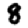
Digit: 8